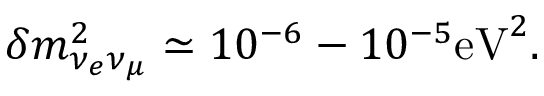
\delta m _ { \nu _ { e } \nu _ { \mu } } ^ { 2 } \simeq 1 0 ^ { - 6 } - 1 0 ^ { - 5 } \mathrm { e V } ^ { 2 } .